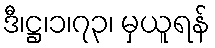
ဒီ၊ဋ္ဌ၊၁၊၇၃၊ မှယူရန်